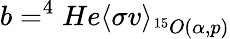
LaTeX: b=^{4}He\left\langle\sigma v\right\rangle_{^{15}O(\alpha,p)}